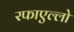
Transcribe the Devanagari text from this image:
रफाएल्लो